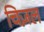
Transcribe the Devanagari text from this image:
चिज़ल